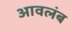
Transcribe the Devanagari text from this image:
आवलंब